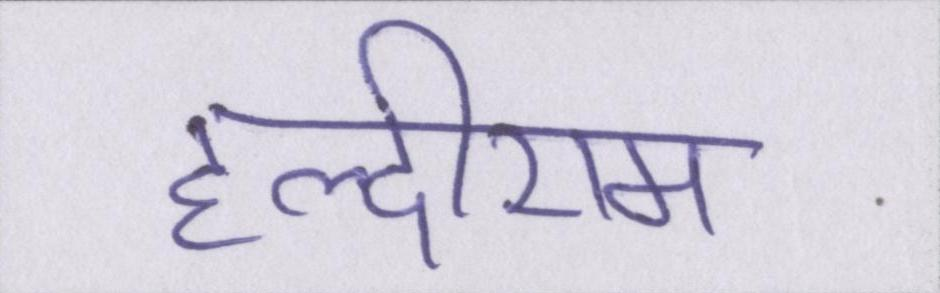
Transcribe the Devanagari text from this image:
हल्दीराम